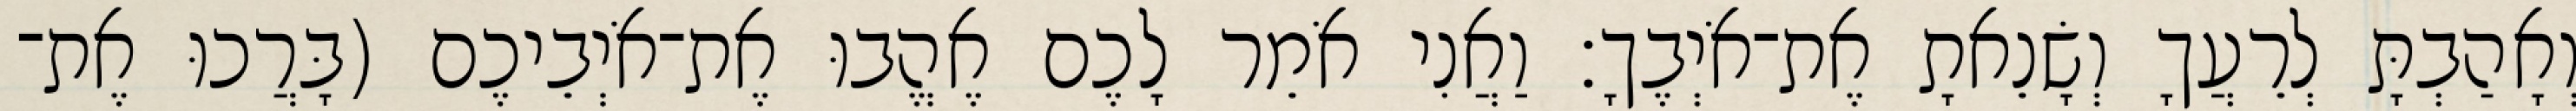
וְאָהַבְתָּ לְרֵעֲךָ וְשָׂנֵאתָ אֶת־אֹיְבֶךָ׃ וַאֲנִי אֹמֵר לָכֶם אֶהֱבוּ אֶת־אֹיְבֵיכֶם (בָּרֲכוּ אֶת־